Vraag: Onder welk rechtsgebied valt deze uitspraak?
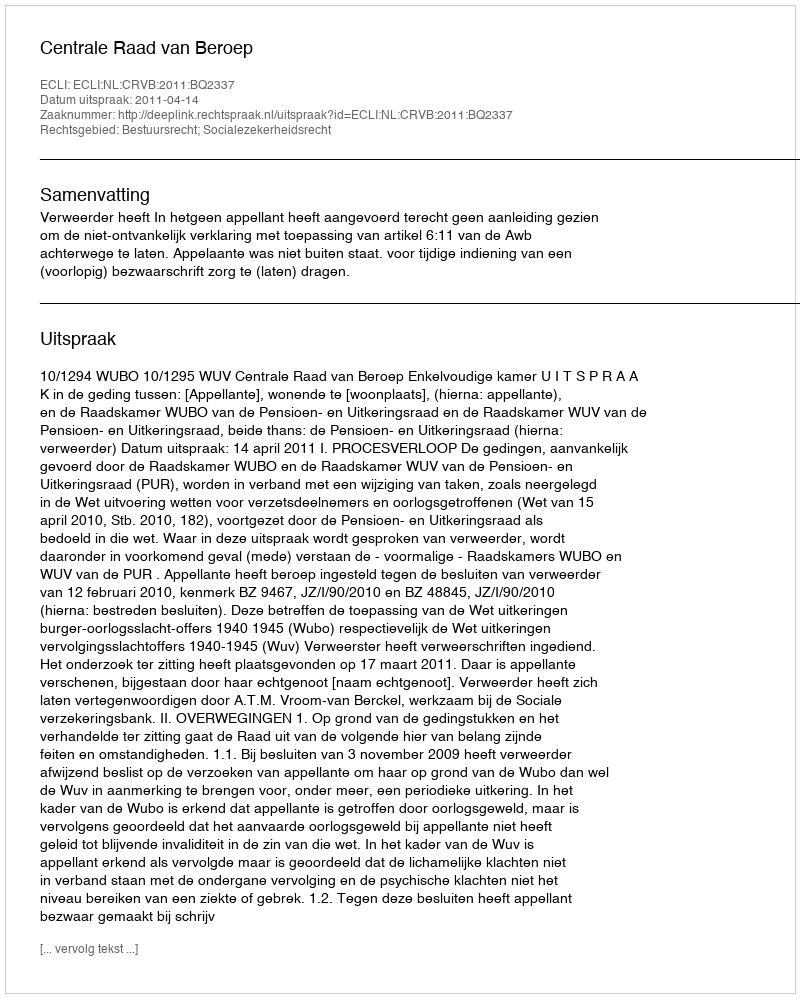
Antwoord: Bestuursrecht; Socialezekerheidsrecht